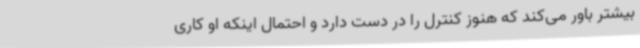
بیشتر باور می‌کند که هنوز کنترل را در دست دارد و احتمال اینکه او کاری